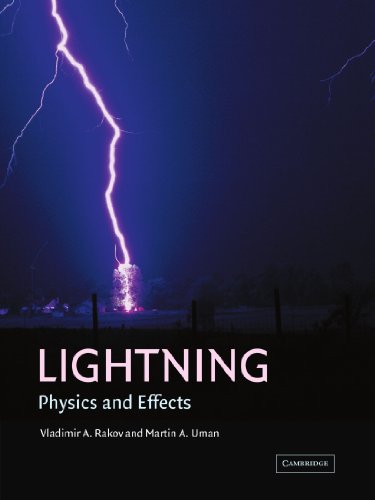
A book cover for Lightning: Physics and Effects; Vladimir A. Rakov; Science & Math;